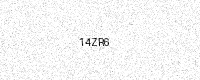
Text: 14ZR6